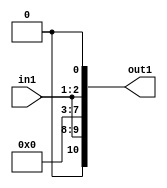
`timescale 1ps / 1ps

// Generated by Cadence Genus(TM) Synthesis Solution 17.11-s014_1
// Generated on: May  4 2021 17:09:07 CST (May  4 2021 09:09:07 UTC)

module DC_Filter_Mul2i258u2_4(in1, out1);
  input [1:0] in1;
  output [10:0] out1;
  wire [1:0] in1;
  wire [10:0] out1;
  assign out1[0] = 1'b0;
  assign out1[1] = in1[0];
  assign out1[2] = in1[1];
  assign out1[3] = 1'b0;
  assign out1[4] = 1'b0;
  assign out1[5] = 1'b0;
  assign out1[6] = 1'b0;
  assign out1[7] = 1'b0;
  assign out1[8] = in1[0];
  assign out1[9] = in1[1];
  assign out1[10] = 1'b0;
endmodule